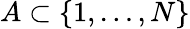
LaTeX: A\subset\{ 1,\dots,N\}